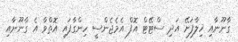
ގާނޫނާއި ޚިލާފަށޭ އަދި ސްޓޭޓް އޮފް އެމެޖެންސީ ހިންގާފައި އޮތްވާ އެ ގާނޫނާއި